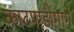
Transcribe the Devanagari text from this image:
काटपाडीमार्गे